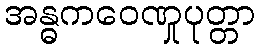
အန္ဓကဝေဏှုပုတ္တာ